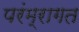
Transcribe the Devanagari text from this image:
परंम्रागत